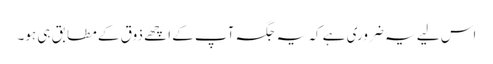
اس لیے یہ ضروری ہے کہ یہ جگہ آپ کے اچھے ذوق کے مطابق ہی ہو۔